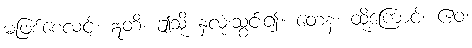
မဖြစ်စေလင့်။ ဣတိ၊ ဤသို့ နှလုံးသွင်း၍။ တေန၊ ထို့ကြောင့်။ ဧဝံ၊